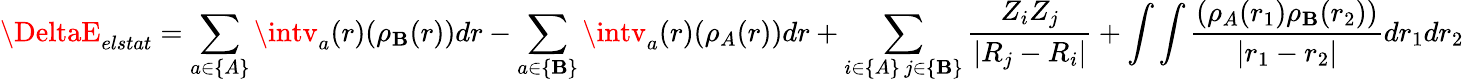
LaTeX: \DeltaE_{elstat}=\sum_{a\in\{ A\} }\intv_{a}(r)(\rho_{\mathbf{B}}(r))dr-\sum_{a\in\{ \mathbf{B}\} }\intv_{a}(r)(\rho_{A}(r))dr+\sum_{\substack{i\in\{ A\} \, j\in\{ \mathbf{B}\} }}\frac{{Z_{i}Z_{j}}}{{|R_{j}-R_{i}|}}+\int\int\frac{{(\rho_{A}(r_{1})\rho_{\mathbf{B}}(r_{2}))}}{{|r_{1}-r_{2}|}}dr_{1}dr_{2}